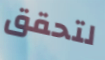
لتحقق